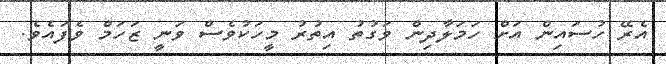
އެރޭ ހުސައިން އަށް ހަމަލާދިން ވަގުތު އިތުރު މީހަކުވެސް ވަނީ ޒަހަމް ވެފައެވެ.